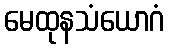
မေထုနသံယောဂံ